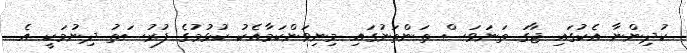
ކުދިންނާ އެކުގައި ޖާގަ ތަނަވަސް ތަންތަނުގައި މިނިވަންކަމާއެކު ކުޅުމުގެ ފުރުސަތު ދިނުމަކީ އެ